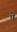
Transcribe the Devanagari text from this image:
षे